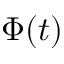
\Phi ( t )